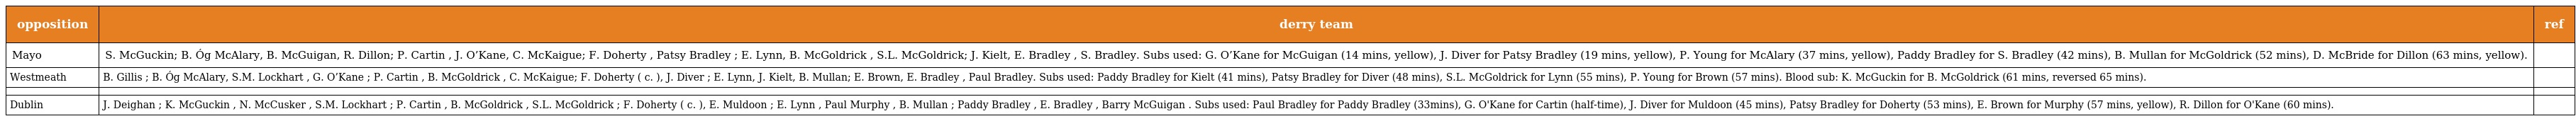
| opposition | derry team | ref |
 | --- | --- | --- |
 | Mayo | S. McGuckin; B. Óg McAlary, B. McGuigan, R. Dillon; P. Cartin , J. O’Kane, C. McKaigue; F. Doherty , Patsy Bradley ; E. Lynn, B. McGoldrick , S.L. McGoldrick; J. Kielt, E. Bradley , S. Bradley. Subs used: G. O’Kane for McGuigan (14 mins, yellow), J. Diver for Patsy Bradley (19 mins, yellow), P. Young for McAlary (37 mins, yellow), Paddy Bradley for S. Bradley (42 mins), B. Mullan for McGoldrick (52 mins), D. McBride for Dillon (63 mins, yellow). |  |
 | Westmeath | B. Gillis ; B. Óg McAlary, S.M. Lockhart , G. O’Kane ; P. Cartin , B. McGoldrick , C. McKaigue; F. Doherty ( c. ), J. Diver ; E. Lynn, J. Kielt, B. Mullan; E. Brown, E. Bradley , Paul Bradley. Subs used: Paddy Bradley for Kielt (41 mins), Patsy Bradley for Diver (48 mins), S.L. McGoldrick for Lynn (55 mins), P. Young for Brown (57 mins). Blood sub: K. McGuckin for B. McGoldrick (61 mins, reversed 65 mins). |  |
 |  |  |  |
 | Dublin | J. Deighan ; K. McGuckin , N. McCusker , S.M. Lockhart ; P. Cartin , B. McGoldrick , S.L. McGoldrick ; F. Doherty ( c. ), E. Muldoon ; E. Lynn , Paul Murphy , B. Mullan ; Paddy Bradley , E. Bradley , Barry McGuigan . Subs used: Paul Bradley for Paddy Bradley (33mins), G. O'Kane for Cartin (half-time), J. Diver for Muldoon (45 mins), Patsy Bradley for Doherty (53 mins), E. Brown for Murphy (57 mins, yellow), R. Dillon for O'Kane (60 mins). |  |